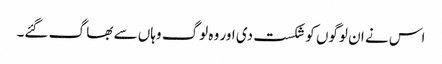
اس نے ان لوگوں کو شکست دی اور وہ لوگ وہاں سے بھا گ گئے۔